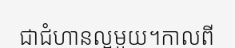
ជាជំហានល្អមួយ។កាលពី